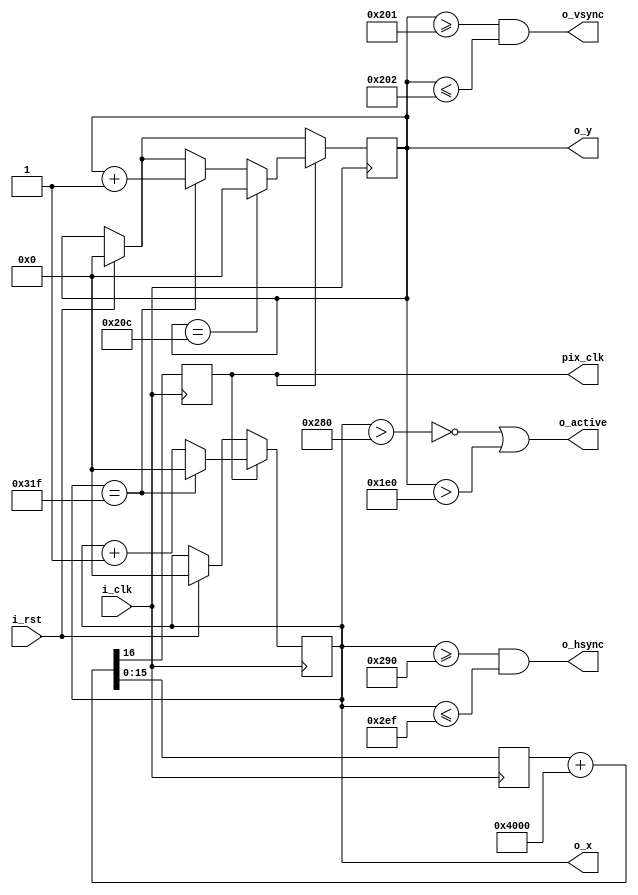
//--------------------------------------------------
// vga640x480 Module : Digilent Basys 3               
// BeeInvaders Tutorial 4 : Onboard clock 100MHz
// VGA Resolution 640x480 @ 60Hz : Pixel Clock 25MHz
//--------------------------------------------------
`timescale 1ns / 1ps

// Setup vga640x480 Module
module vga640x480(
    input wire i_clk,       // 100MHz onboard clock
    input wire i_rst,       // reset
    output wire o_hsync,    // horizontal sync
    output wire o_vsync,    // vertical sync
    output wire [9:0] o_x,  // current pixel x position
    output wire [9:0] o_y,  // current pixel y position
    output wire o_active,   // high during active pixel drawing
    output reg pix_clk      // 25MHz pixel clock
    );
	
    // VGA 640x480 Horizontal Timing (line)
	localparam HACTIVE     = 640;                      // horizontal visible area
	localparam HBACKPORCH  = 48;                       // horizontal back porch
	localparam HFRONTPORCH = 16;                       // horizontal front porch
	localparam HSYNC       = 96;                       // horizontal sync pulse
	localparam HSYNCSTART  = 640 + 16;                 // horizontal sync start
	localparam HSYNCEND    = 640 + 16 + 96 - 1;        // horizontal sync end
	localparam LINEEND     = 640 + 48 + 16 + 96 - 1;   // horizontal line end
	reg [9:0] H_SCAN;                                  // horizontal line position
	
	// VGA 640x480 Vertical timing (frame)
	localparam VACTIVE     = 480;                      // vertical visible area
	localparam VBACKPORCH  = 33;                       // vertical back porch
	localparam VFRONTPORCH = 10;                       // vertical front porch
	localparam VSYNC       = 2;                        // vertical sync pulse
    localparam VSYNCSTART  = 480 + 33;                 // vertical sync start
	localparam VSYNCEND    = 480 + 33 + 2 - 1;         // vertical sync end
	localparam SCREENEND   = 480 + 10 + 33 + 2 - 1;    // vertical screen end
	reg [9:0] V_SCAN;                                  // vertical screen position
	
    // set sync signals to low (active) or high (inactive)
    assign o_hsync = H_SCAN >= HSYNCSTART && H_SCAN <= HSYNCEND;
    assign o_vsync = V_SCAN >= VSYNCSTART && V_SCAN <= VSYNCEND;
    
    // set x and y values
    assign o_x = H_SCAN;
    assign o_y = V_SCAN;
    
    // set active high during active area
    assign o_active = ~(H_SCAN > HACTIVE) | (V_SCAN > VACTIVE);
  
    // generate 25MHz pixel clock using a "Fractional Clock Divider"
    reg [15:0] counter1;
    always @(posedge i_clk)
        // divide 100MHz by 4 = 25MHz : (2^16)/4 = 16384 decimal or 4000 hex
	    {pix_clk, counter1} <= counter1 + 16'h4000;
	    
	// check for reset / create frame loop
    always @(posedge i_clk)
		begin
		  if (i_rst)
            begin
                H_SCAN <= 0;
                V_SCAN <= 0;
            end
          if (pix_clk)  
            begin
		          if (H_SCAN == LINEEND)
		              begin
		                  H_SCAN <= 0;
		                  V_SCAN <= V_SCAN + 1;
		              end
		          else
		              H_SCAN <= H_SCAN + 1;
		          if (V_SCAN == SCREENEND)
		              V_SCAN <= 0;	
            end	      
		end
endmodule